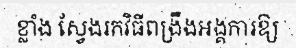
ខ្លាំង ស្វែងរកវិធីពង្រឹងអង្គការឱ្យ